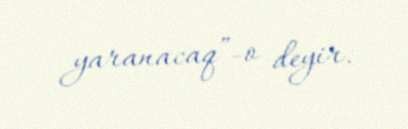
yaranacaq”-o deyir.